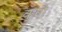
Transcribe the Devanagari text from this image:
कुशैः